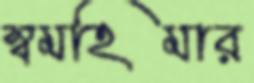
স্বমহিমার